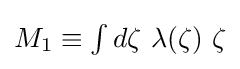
{\textstyle M_{1}\equiv \int d\zeta \ \lambda (\zeta )\ \zeta }